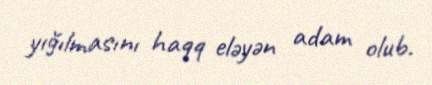
yığılmasını haqq eləyən adam olub.